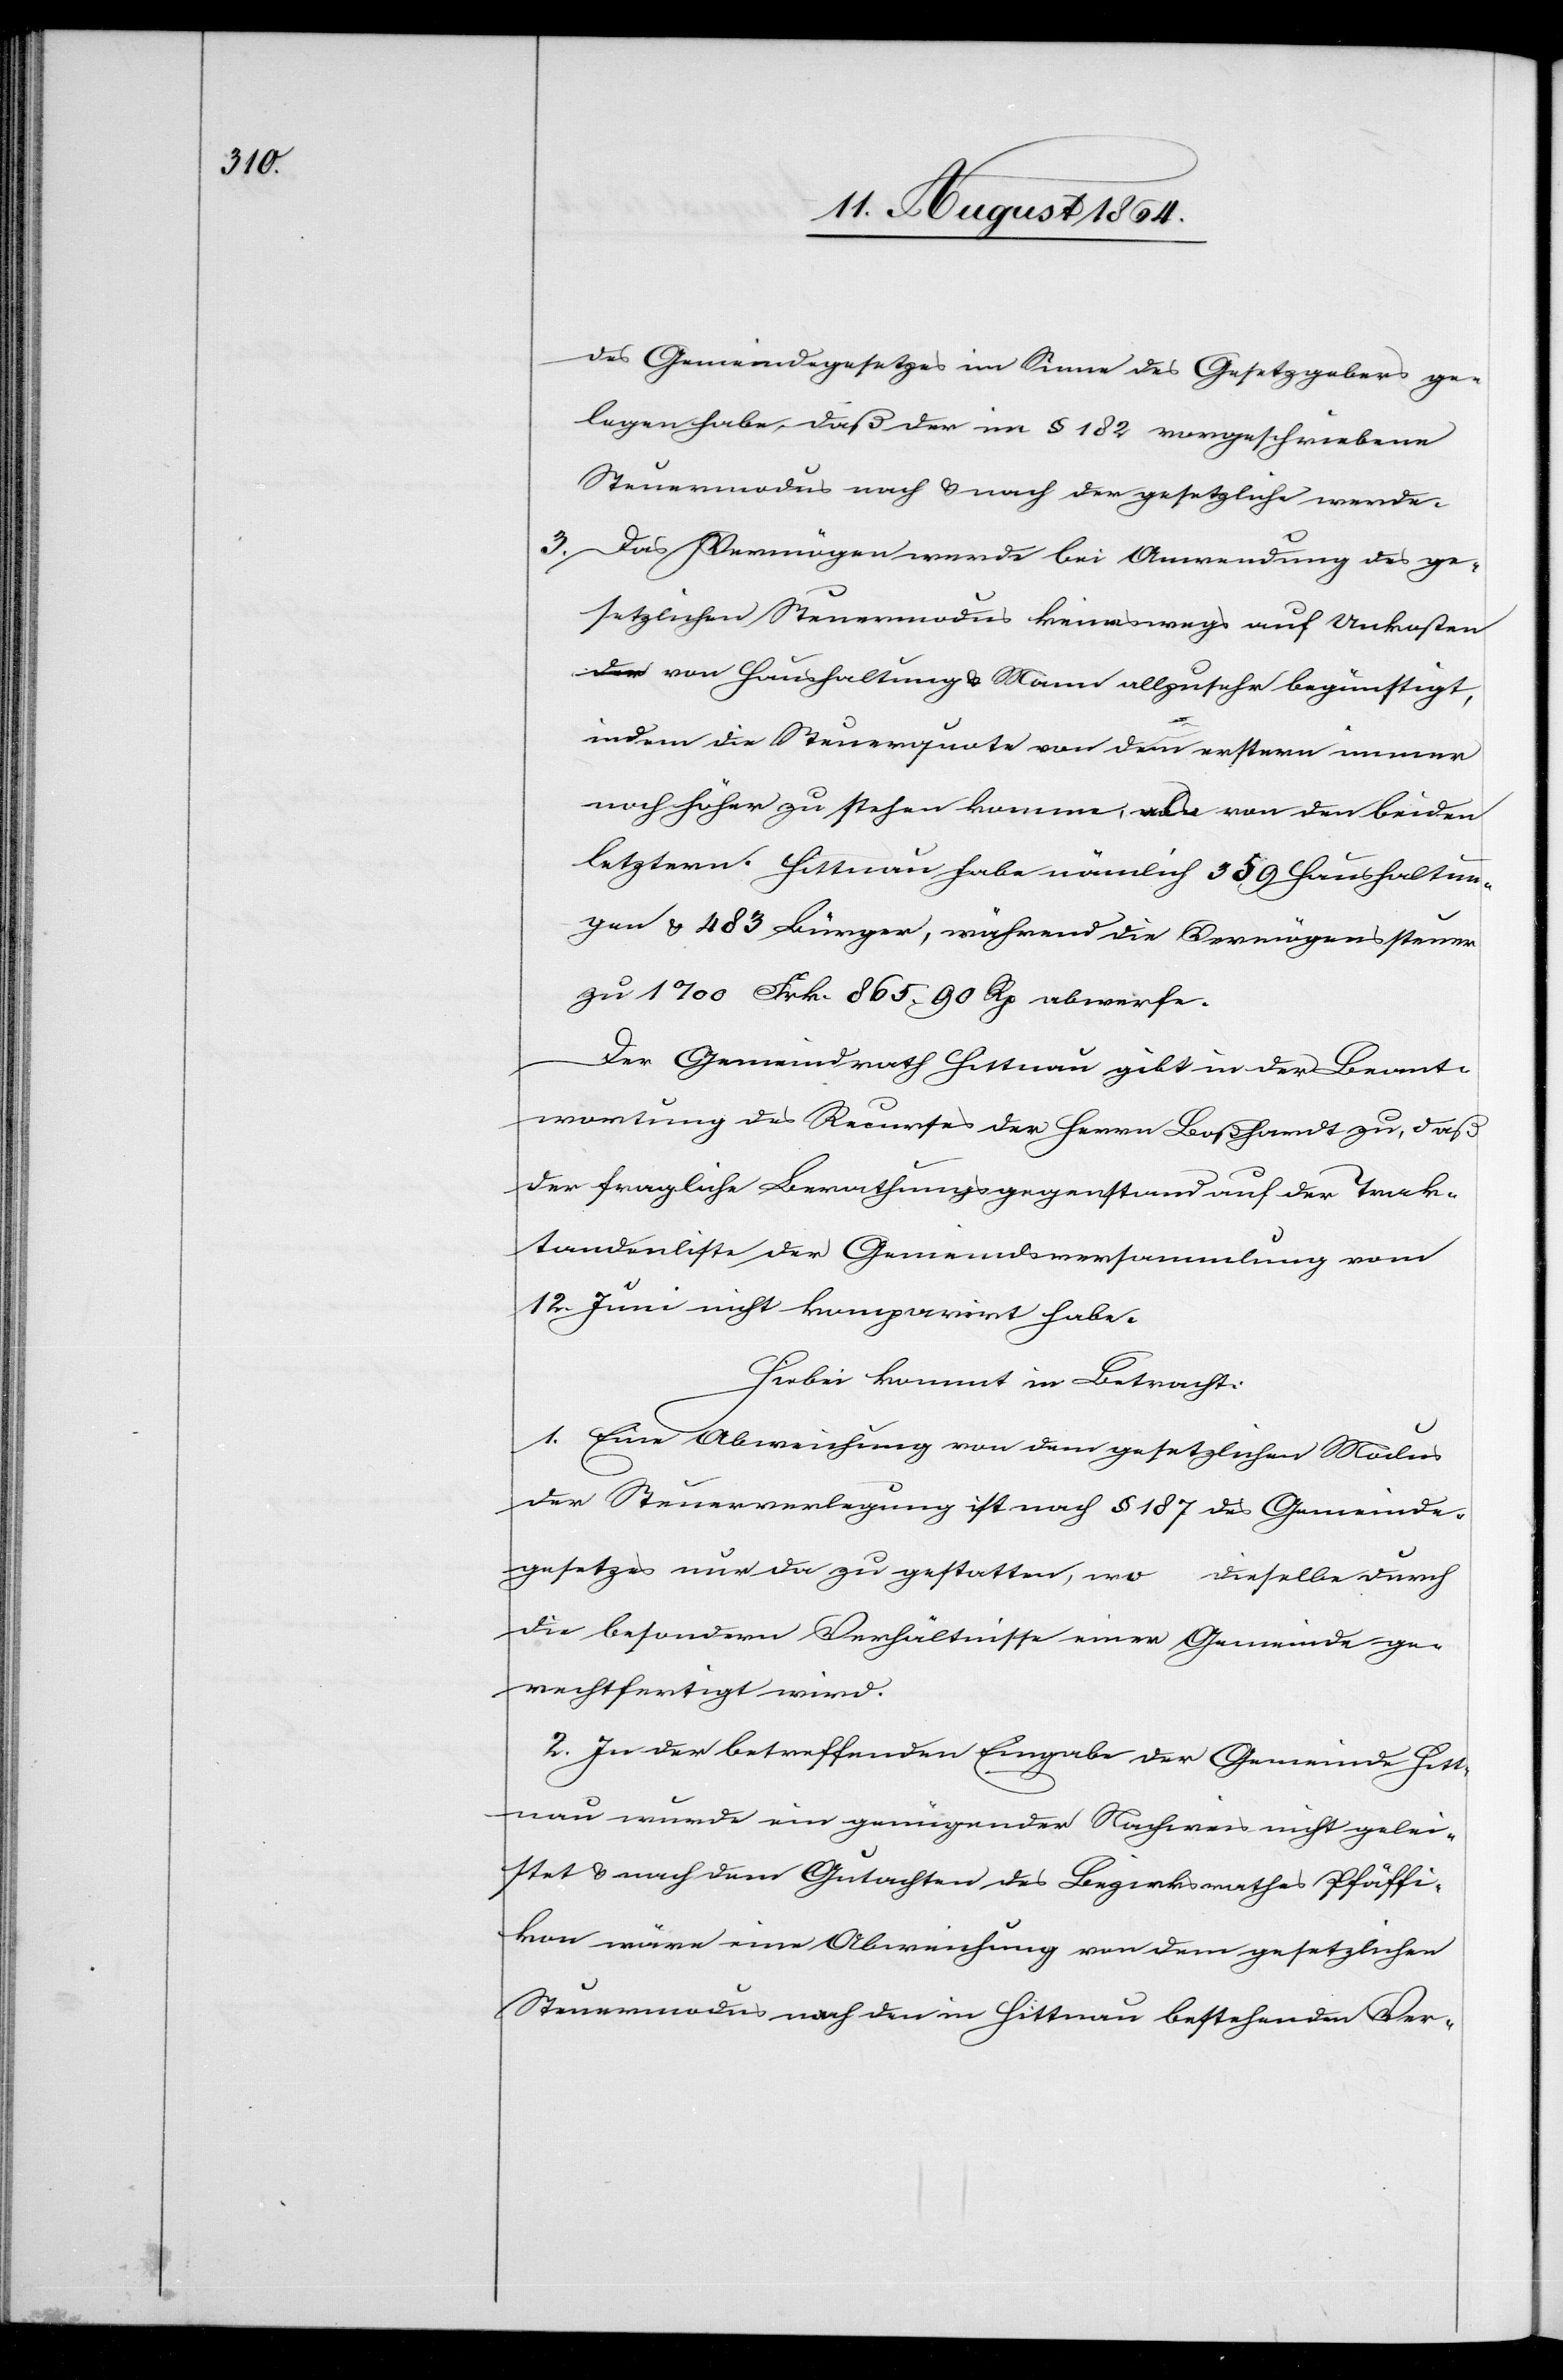
des Gemeindegesetzes im Sinne des Gesetzgebers ge¬
legen habe, daß der im § 182 vorgeschriebene
Steuermodus nach & nach der gesetzliche werde.
3. 	Das Vermögen werde bei Anwendung des ge¬
setzlichen Steuermodus keineswegs auf Unkoste¬
n von Haushaltung & Mann allzusehr begünstigt,
indem die Steuerquote von dem erstern immer
noch höher zu stehen komme, als von den beiden
letztern. Hittnau habe nämlich 559 Haushaltun¬
gen & 383 Bürger, während die Vermögenssteuern
zu 1‰ Frk. 865.90 Rp. abwerfe.
Der Gemeindrath Hittnau gibt in der Beant¬
wortung des Recurses der Herrn Boßhardt zu, daß
der fragliche Berathungsgegenstand auf der Trak¬
tandenliste der Gemeindsversammlung vom
12. Juni nicht komparirt habe.
Hiebei kommt in Betracht:
1. Eine Abweichung von dem gesetzlichen Modus
der Steuerverlegung ist nach § 187 des Gemeinde¬
gesetzes nur da zu gestatten, wo dieselbe durch
die besonderen Verhältnisse einer Gemeinde ge¬
rechtfertigt wird.
2. In der betreffenden Eingabe der Gemeinde Hit¬
tnau wurde ein genügender Nachweis nicht gelei¬
stet & nach dem Gutachten des Bezirksrathes Pfäffi¬
kon wäre eine Abweichung von dem gesetzlichen
Steuermodus nach den in Hittnau bestehenden Ver-